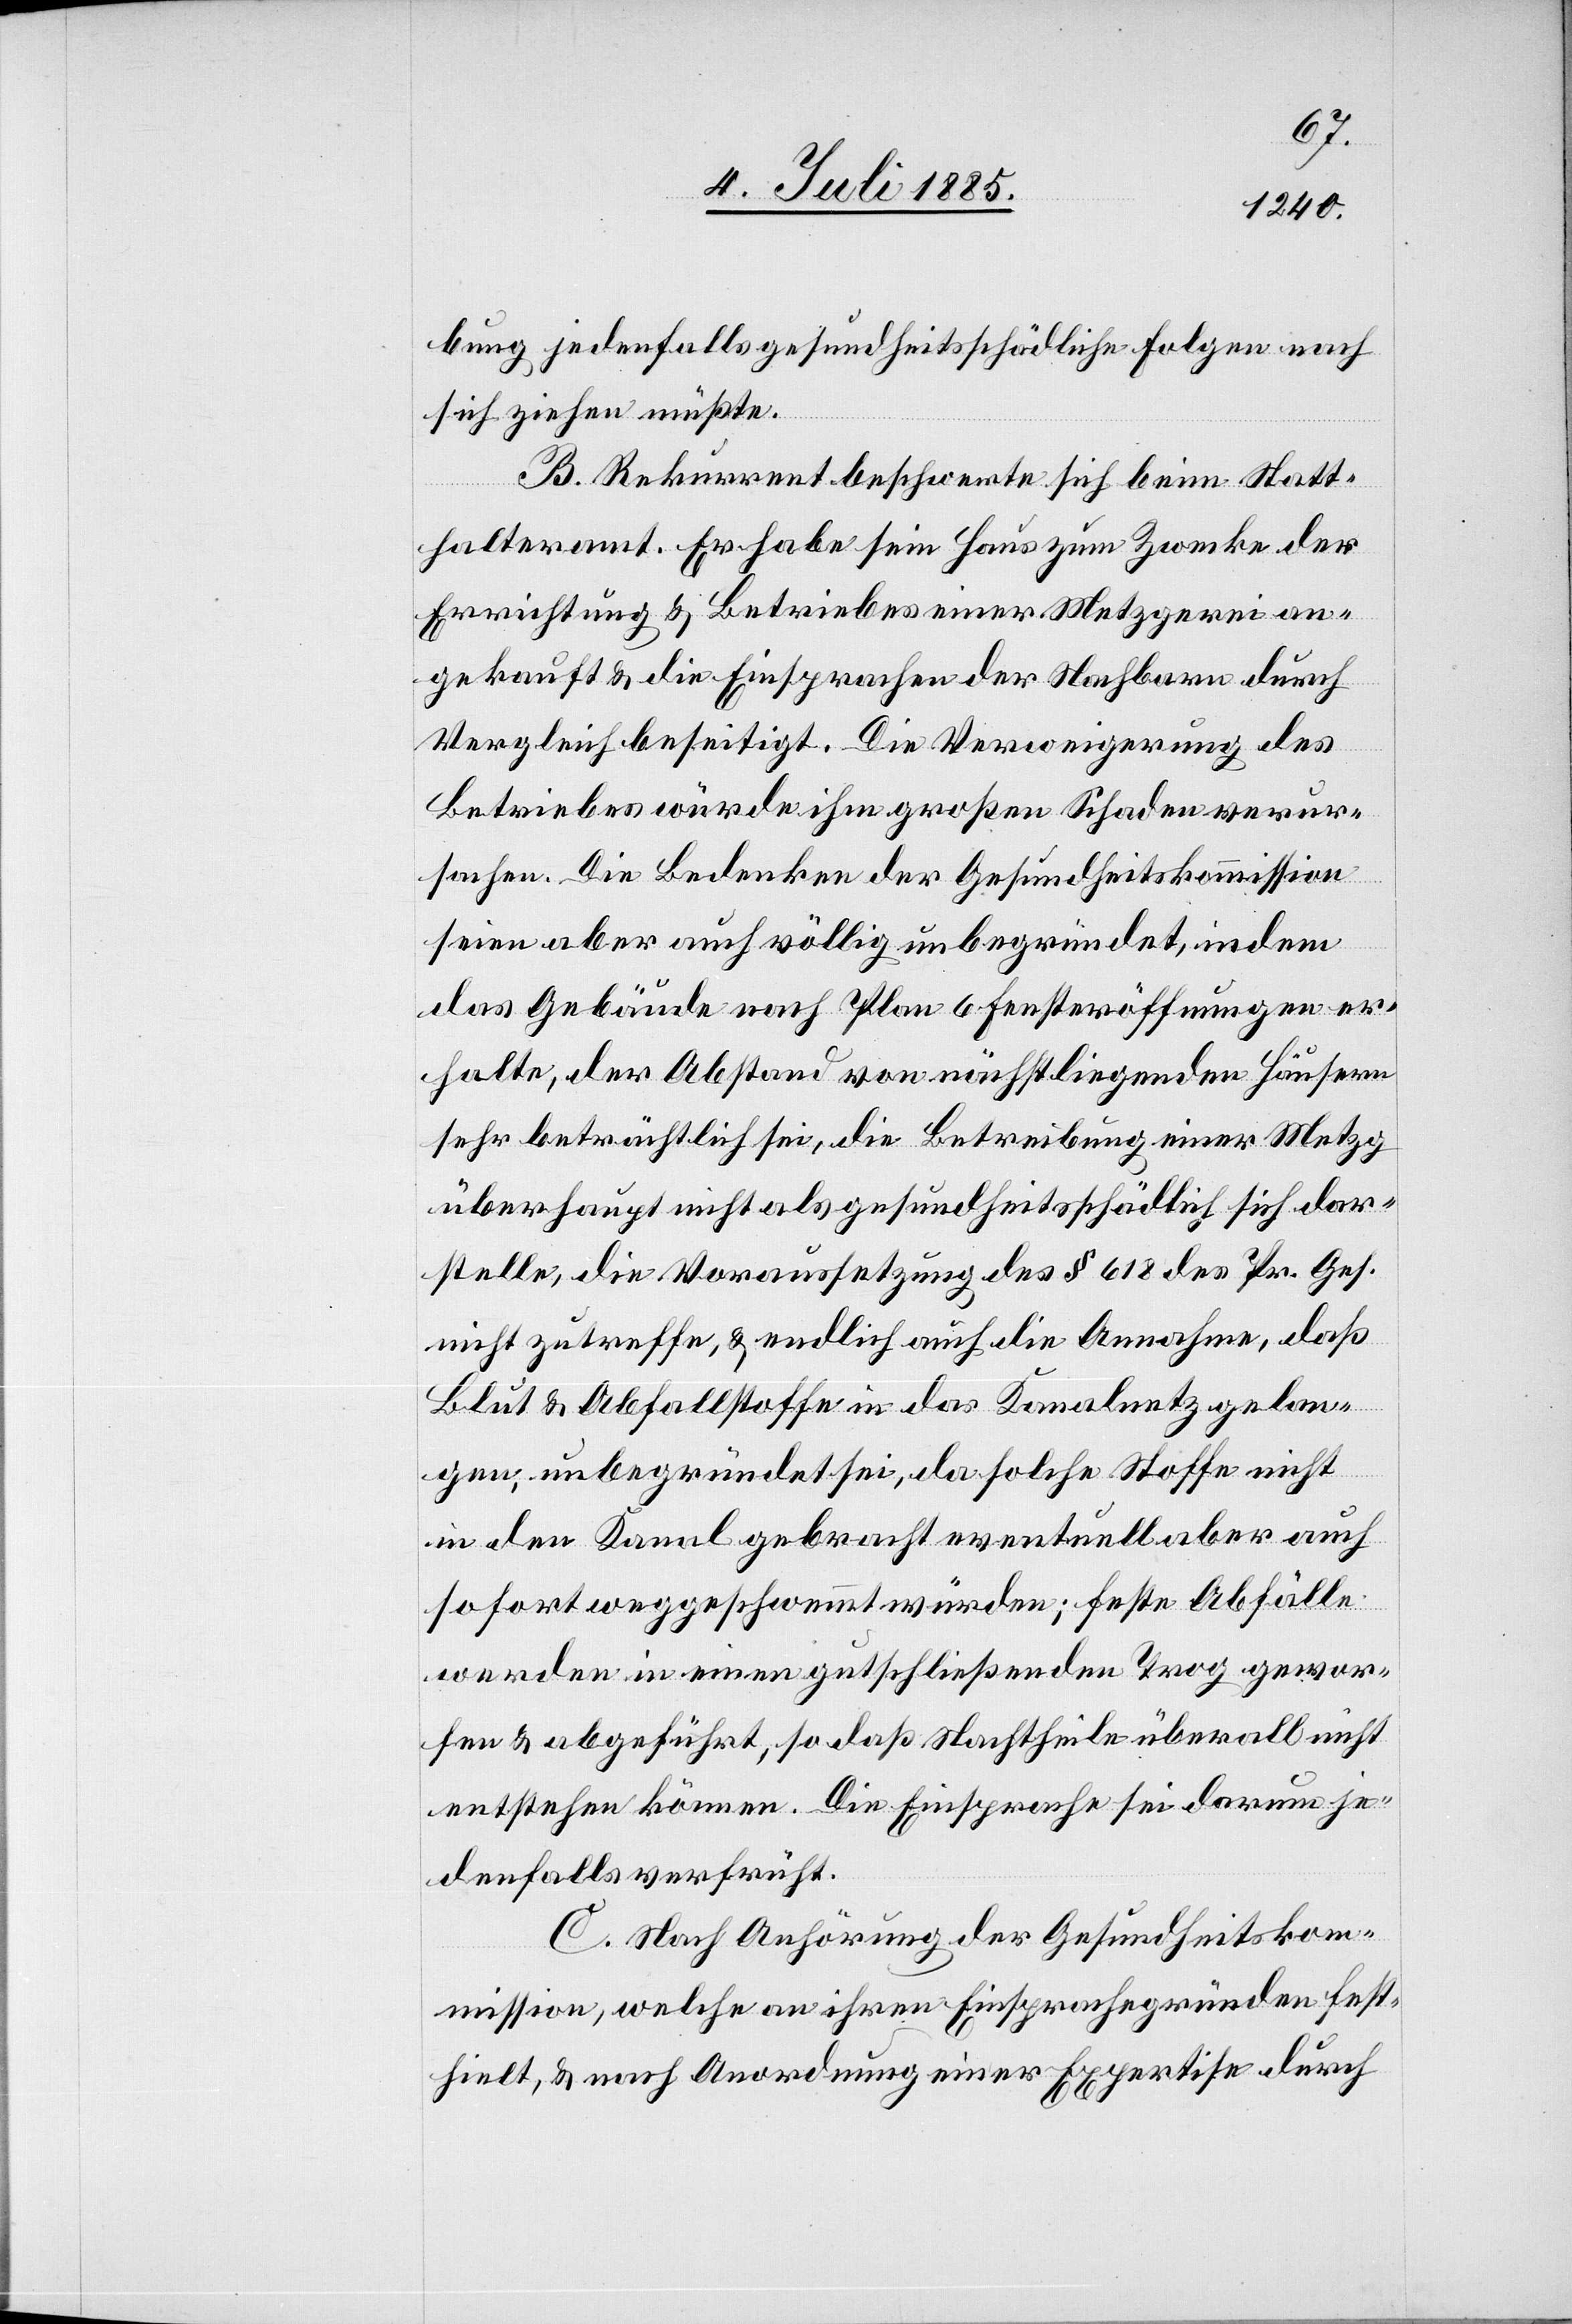
bung jedenfalls gesundheitsschädliche Folgen nach
sich ziehen müßte.
B. Rekurrent beschwerte sich beim Statt¬
halteramt. Er habe sein Haus zum Zwecke der
Errichtung & Betriebes einer Metzgerei an¬
gekauft & die Einsprachen der Nachbarn durch
Vergleich beseitigt. Die Verweigerung des
Betriebes würde ihm großen Schaden verur¬
sachen. Die Bedenken der Gesundheitskommission
seien aber auch völlig unbegründet, indem
das Gebäude nach Plan 6 Fensteröffnungen er¬
halte, der Abstand von nächstliegenden Häusern
sehr beträchtlich sei, die Betreibung einer Metzg
überhaupt nicht als gesundheitsschädlich sich dar¬
stelle, die Voraussetzung des § 618 des Pr. Ges.
nicht zutreffe, & endlich auch die Annahme, daß
Blut & Abfallstoffe in das Kanalnetz gelan¬
gen, unbegründet sei, da solche Stoffe nicht
in den Kanal gebracht eventuell aber auch
sofort weggeschwemmt würden; feste Abfälle
werden in einen gutschließenden Trog gewor¬
fen & abgeführt, so daß Nachtheile überall nicht
entstehen können. Die Einsprache sei darum je¬
denfalls verfrüht.
C. Nach Anhörung der Gesundheitskom¬
mission, welche an ihren Einsprachegründen fest¬
hielt, & nach Anordnung einer Expertise durch